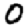
Digit: 0